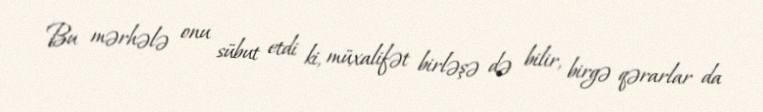
Bu mərhələ onu sübut etdi ki, müxalifət birləşə də bilir, birgə qərarlar da